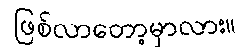
ဖြစ်လာတော့မှာလား။